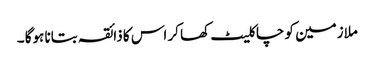
ملازمین کو چاکلیٹ کھا کر اس کا ذائقہ بتانا ہوگا ۔